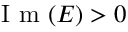
\mathrm { ~ I ~ m ~ } ( E ) > 0